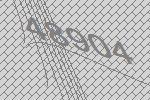
48904